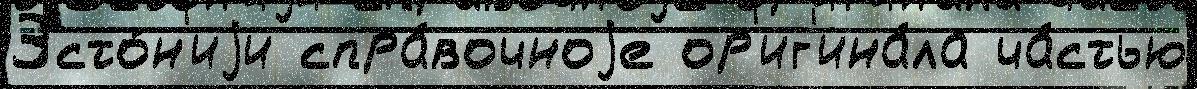
Эсто́н'иjи спра́вочноjе ор'иг'ина́ла ча́стью